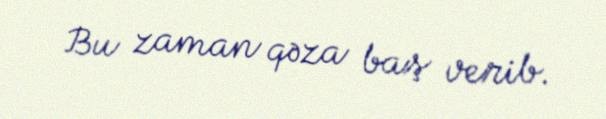
Bu zaman qəza baş verib.